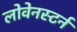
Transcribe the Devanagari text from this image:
लोवेनस्टर्न